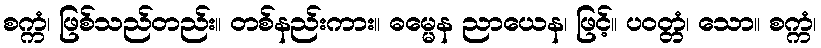
စက္ကံ၊ ဖြစ်သည်တည်း။ တစ်နည်းကား။ ဓမ္မေန ညာယေန၊ ဖြင့်။ ပဝတ္တံ၊ သော။ စက္ကံ၊